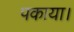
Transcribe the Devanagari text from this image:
पकाया।